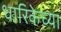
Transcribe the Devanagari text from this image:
धारिकेच्या